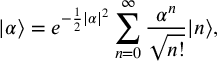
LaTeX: | \alpha \rangle = e ^ { - \frac 1 2 | \alpha | ^ { 2 } } \sum _ { n = 0 } ^ { \infty } \frac { \alpha ^ { n } } { \sqrt { n ! } } | n \rangle ,